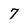
Character: 7